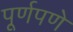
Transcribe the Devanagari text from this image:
पूूर्णपणे